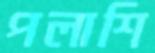
পলাশি